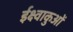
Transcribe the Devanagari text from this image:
ईक्ष्वाकुओं